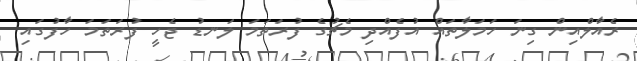
ރެއާލްއިން ގިނަ ހަމަލާތައް އުފެއްދި މެޗުގެ ފުރަތަމަ ލަނޑު ޖެހީ ފުރަތަމަ ހާފުގައި